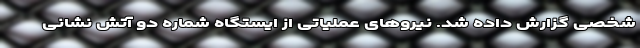
شخصی گزارش داده شد. نیرو‌های عملیاتی از ایستگاه شماره دو آتش نشانی